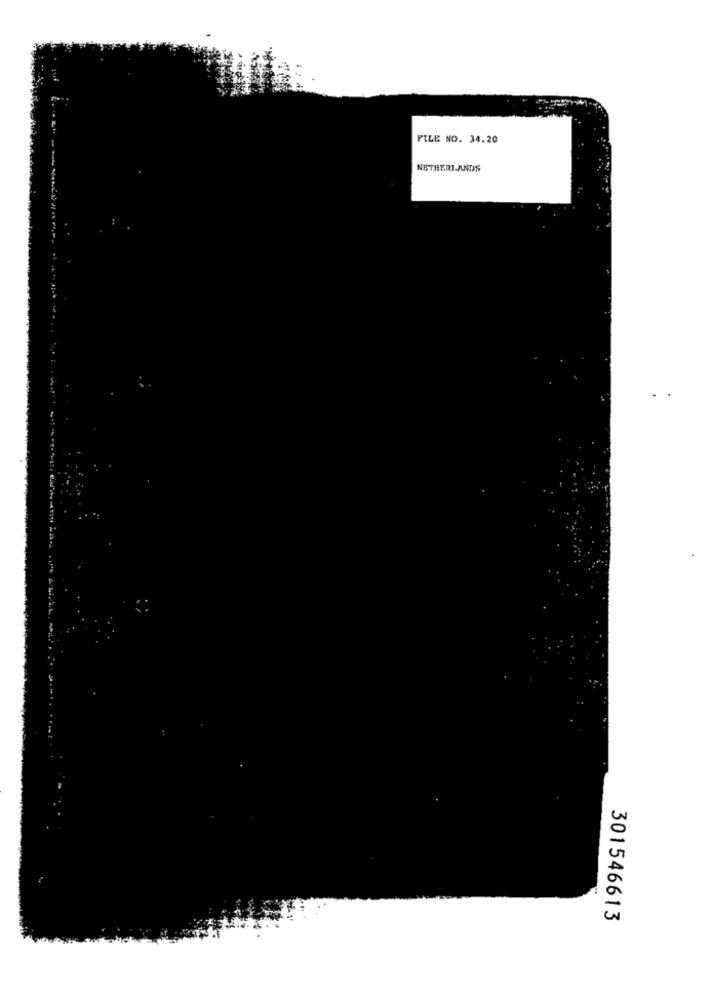
PILE NO. 34.20
NETHERLANDS
301546613